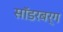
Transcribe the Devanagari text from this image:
सॉडरबर्ग